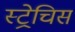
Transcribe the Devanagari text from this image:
स्ट्रेचिस